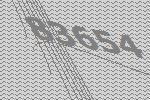
83654